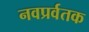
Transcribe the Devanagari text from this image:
नवप्रर्वतक